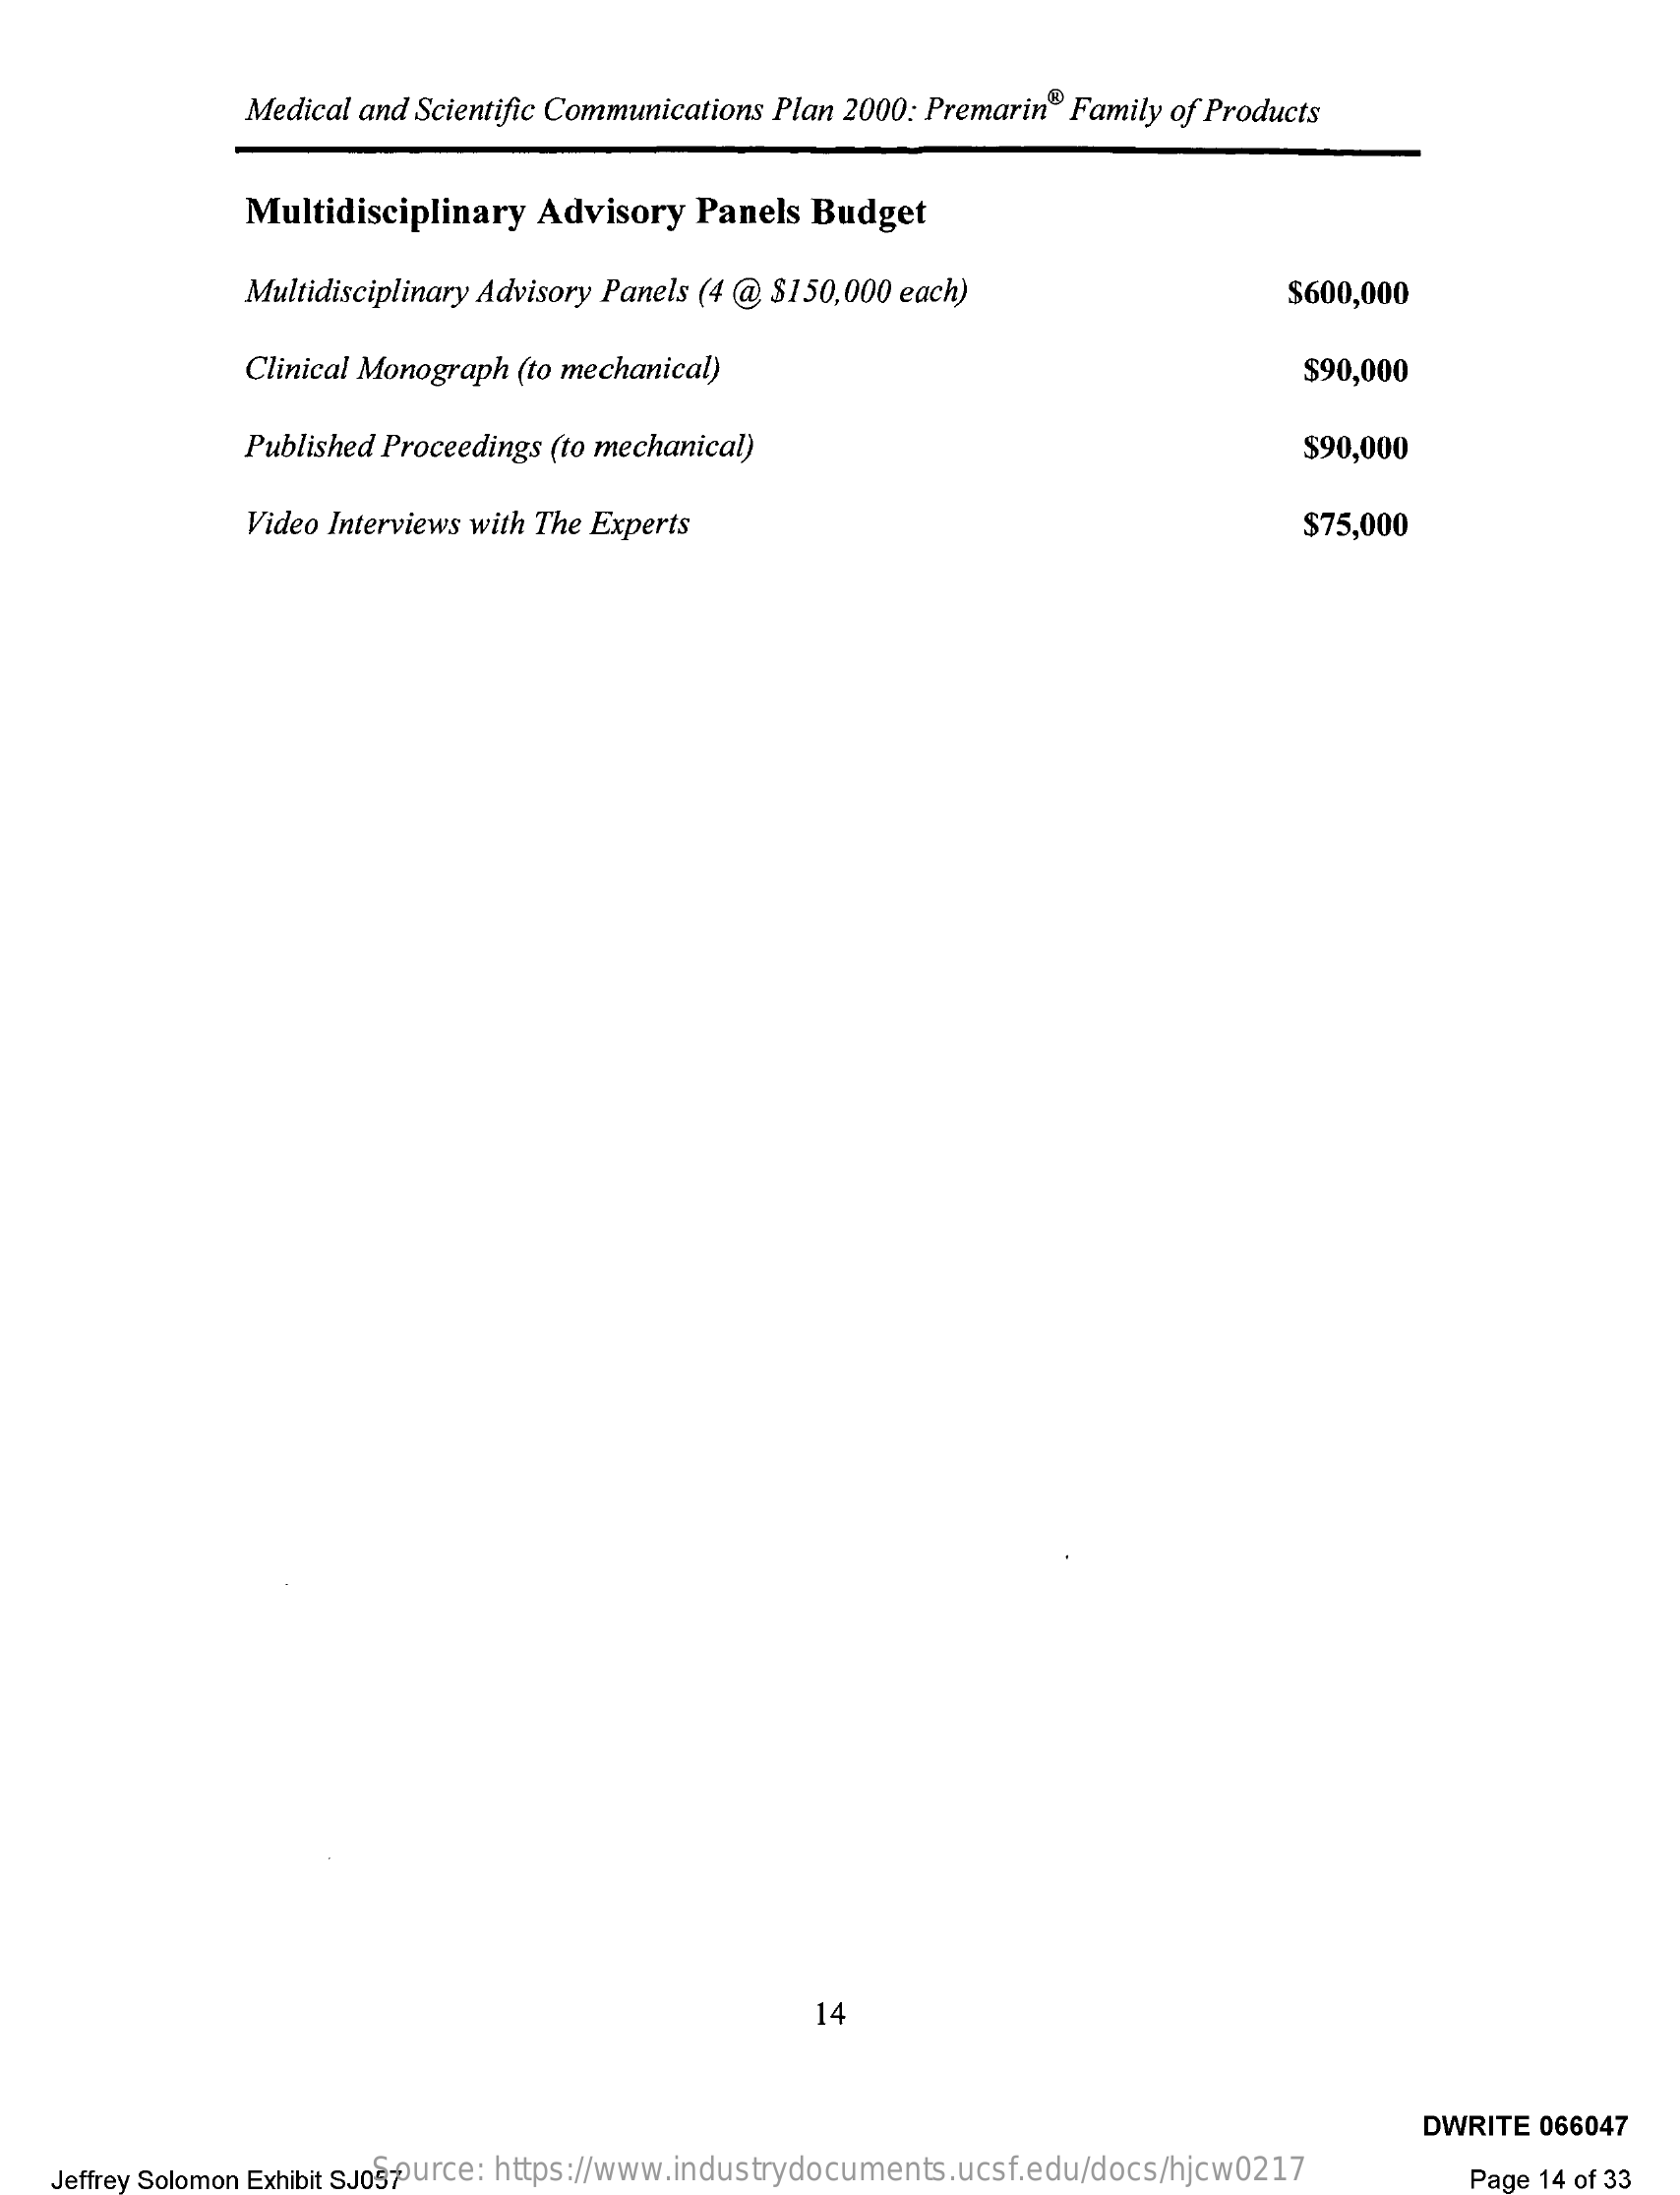
Medical and Scientific Communications Plan 2000: Premarin® Family of Products
     Multidisciplinary Advisory Panels Budget
     Multidisciplinary Advisory Panels (4 @ $150,000 each)    $600,000
     Clinical Monograph (to mechanical)    $90,000
     Published Proceedings (to mechanical)    $90,000
     Video Interviews with The Experts    $75,000
     14
     DWRITE 066047
    Jeffrey Solomon Exhibit SJ057 Source: https://www.industrydocuments.ucsf.edu/docs/hjcw0217 Page 14 of 33